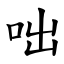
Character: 咄